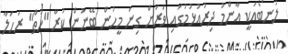
ލުނބޯއަކީ އާންމު ދިރުއުޅުމުގައި ވަރަށް ގިނަ މީހުން ބޭނުން ކުރާ "ހުތް" ރަހަލާ